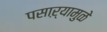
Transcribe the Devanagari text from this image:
पसाऱ्यामुळे